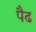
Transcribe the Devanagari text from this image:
पैढ